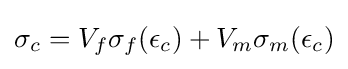
\sigma _{c}=V_{f}\sigma _{f}(\epsilon _{c})+V_{m}\sigma _{m}(\epsilon _{c})